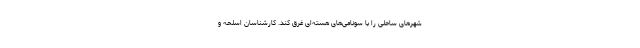
شهرهای ساحلی را با سونامی‌های هسته‌ای غرق کند. کارشناسان اسلحه و